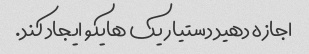
اجازه دهید دستیار یک هایکو ایجاد کند.